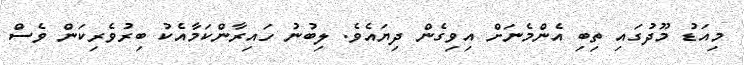
މިއަޑު މޫދުގައި ތިބި އެންމެނަށް އިވިގެން ދިޔައެވެ. ލިބުނު ހައިރާންކަމާއެކު ބިރުވެރިކަން ވެސް